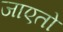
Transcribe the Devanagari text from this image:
जाएतो